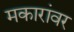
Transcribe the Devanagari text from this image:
मकारांवर